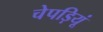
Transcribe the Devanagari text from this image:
चेपड़ियूं